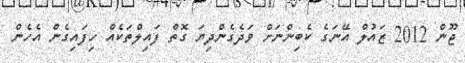
ޖޫން 2012 ޒައުލް އޭނަގެ ކެބިންނަށް ވަދެގެންދިޔަ ގޮތް ފައިލްތަކެއް ހިފައިގެން އެހެން